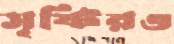
সৃষ্টিরও